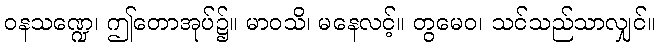
ဝနသဏ္ဍေ၊ ဤတောအုပ်၌။ မာဝသိ၊ မနေလင့်။ တွမေဝ၊ သင်သည်သာလျှင်။